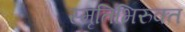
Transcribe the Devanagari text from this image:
स्मृतिभिरुक्त